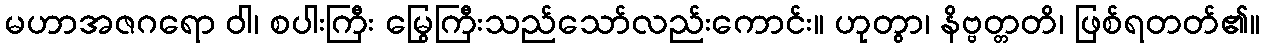
မဟာအဇဂရော ဝါ၊ စပါးကြီး မြွေကြီးသည်သော်လည်းကောင်း။ ဟုတွာ၊ နိဗ္ဗတ္တတိ၊ ဖြစ်ရတတ်၏။